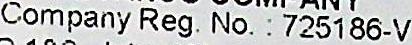
COMPANY REG. NO. : 725186-V